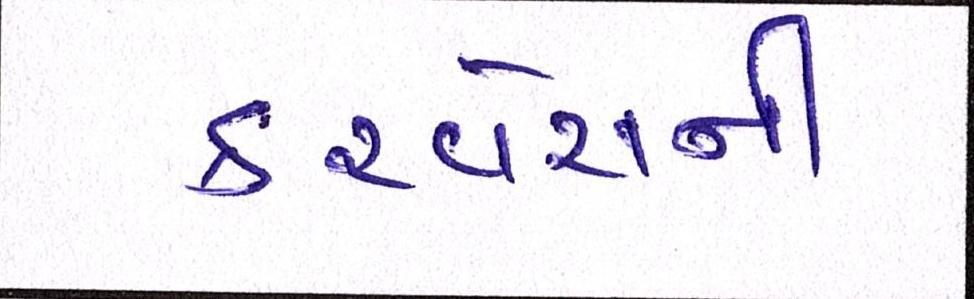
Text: કરવેરાની